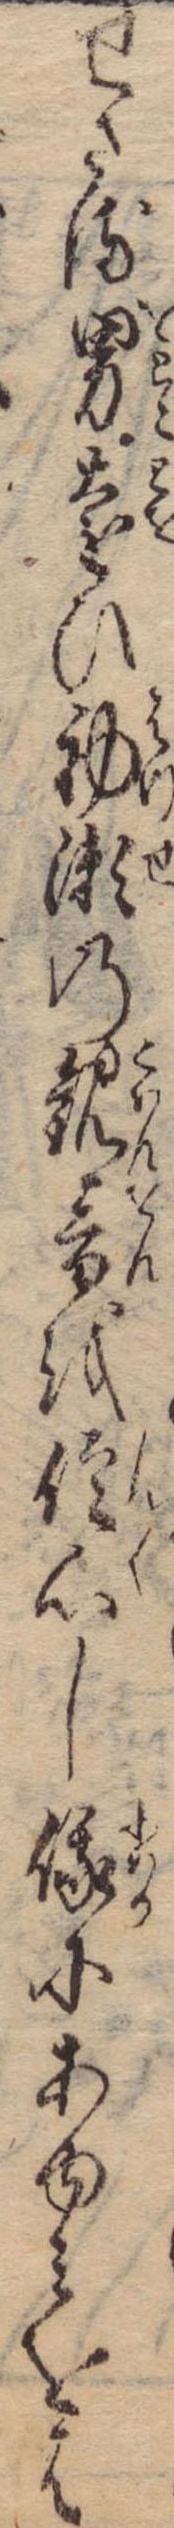
せさる男遠ひ初瀬の観音を信心し俄にあゆみをは